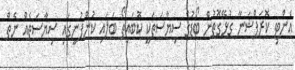
އެންޓި ކޮރަޕްޝަނާ ގުޅޭގޮތުން ބޯޑުގެ ސިޔާސަތަކީ ކޮބައިތޯ ބަލައި ކުންފުނީގައި ސިޔާސަތެއް ނެތް